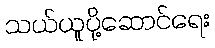
သယ်ယူပို့ဆောင်ရေး